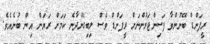
ރީފަންޑް ބޭނުންވާ ފަސިންޖަރުންނަށް ރީފަންޑް ވެސް ލިބިގެންދާނެ ކަމަށް ރަޔަން އިން ބުނެއެވެ.